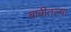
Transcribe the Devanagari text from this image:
बाबीतल्या